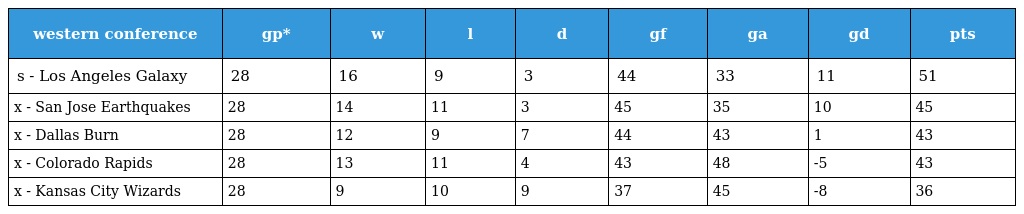
| western conference | gp* | w | l | d | gf | ga | gd | pts |
 | --- | --- | --- | --- | --- | --- | --- | --- | --- |
 | s - Los Angeles Galaxy | 28 | 16 | 9 | 3 | 44 | 33 | 11 | 51 |
 | x - San Jose Earthquakes | 28 | 14 | 11 | 3 | 45 | 35 | 10 | 45 |
 | x - Dallas Burn | 28 | 12 | 9 | 7 | 44 | 43 | 1 | 43 |
 | x - Colorado Rapids | 28 | 13 | 11 | 4 | 43 | 48 | -5 | 43 |
 | x - Kansas City Wizards | 28 | 9 | 10 | 9 | 37 | 45 | -8 | 36 |